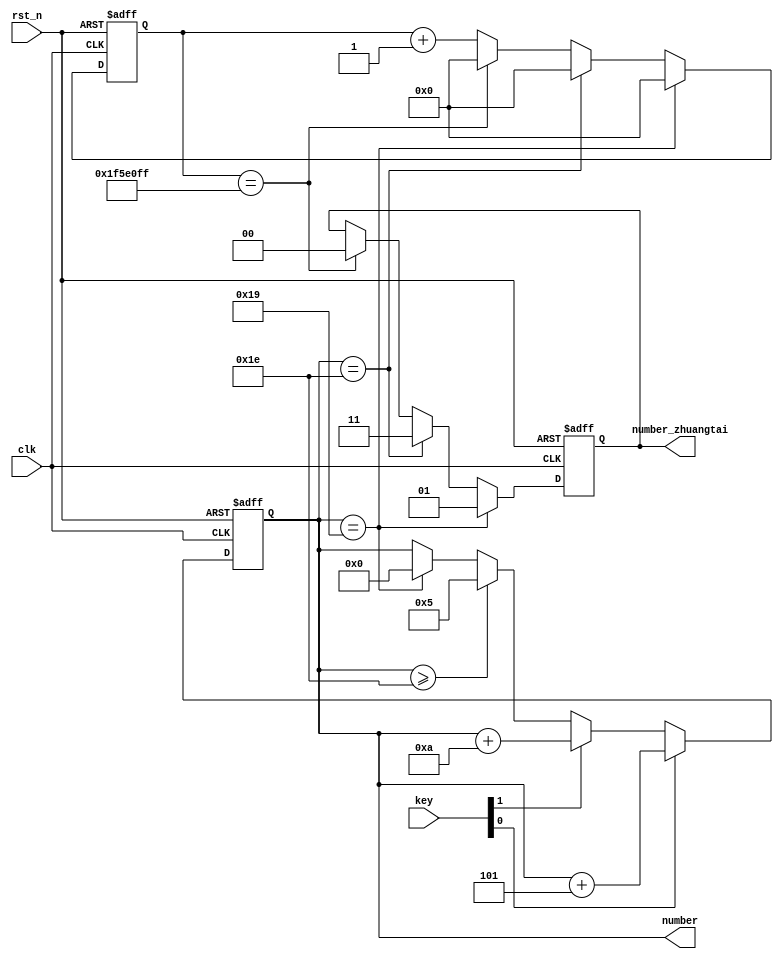
module key_count(
   input wire clk,
	input wire rst_n,
	input wire [1:0] key,
	
	output reg [19:0] number,
	output reg [1:0] number_zhuangtai
);

always@(posedge clk or negedge rst_n)begin
  if(!rst_n)begin
  number<=20'd0;
  end
  else if(key[0])begin
  number<=number+3'd5;
  end
  else if(key[1])begin
  number<=number+4'd10;
  end
  else if(number>=5'd30)begin
  number<=3'd5;
  end
  else if(number==5'd25)begin
  number<=20'd0;
  end
  else begin
  number<=number;
  end
end


//2s计数器，10_000_000 , 50_000_000为1s
reg[26:0] cnt;

always @(posedge clk or negedge rst_n)begin
if(!rst_n)begin
    cnt<=1'b0;
	 number_zhuangtai=1'b0;
end

else if (number == 5'd25)begin
        cnt<=1'b0;
		  number_zhuangtai<=1'b1;
end

else if (number == 5'd30)begin
        cnt<=1'b0;
		  number_zhuangtai<=2'b11;
end

else if(cnt==26'd100_000_000 -1)begin
	     cnt<=1'b0;
		  number_zhuangtai=1'b0;
end

else begin
	     cnt<=cnt+1'b1;
		  number_zhuangtai<=number_zhuangtai;
end

end
endmodule